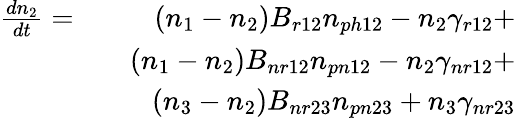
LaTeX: \begin{array}{rlr}{\frac{dn_{2}}{dt}=}&{}&{(n_{1}-n_{2})B_{r12}n_{ph12}-n_{2}\gamma_{r12}+}\\ &{}&{(n_{1}-n_{2})B_{nr12}n_{pn12}-n_{2}\gamma_{nr12}+}\\ &{}&{(n_{3}-n_{2})B_{nr23}n_{pn23}+n_{3}\gamma_{nr23}}\end{array}